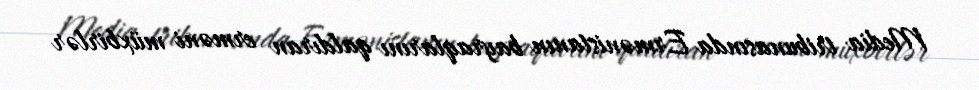
Media tribunasında Ermənistanın bayraqlarını qaldıran erməni müxbirlər